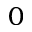
0